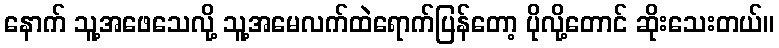
နောက် သူ့အဖေသေလို့ သူ့အမေလက်ထဲရောက်ပြန်တော့ ပိုလို့တောင် ဆိုးသေးတယ်။